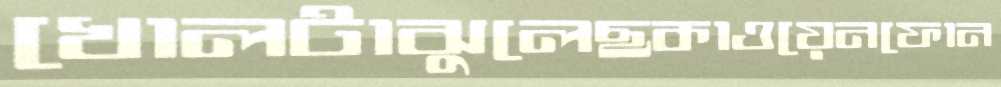
খোলটাঝুলেছকাওয়েনফোন